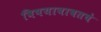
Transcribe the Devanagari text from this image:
विषयाबाबतचे